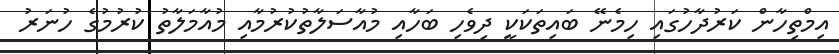
އިމްތިހާން ކަރުދާހުގައި ހިމެނޭ ބައިތަކަކީ ދިވެހި ބަހާއި މުއާސަލާތުކުރުމާއި މުއާމަލާތު ކުރުމުގެ ހުނަރު